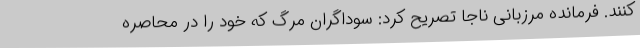
کنند. فرمانده مرزبانی ناجا تصریح کرد: سوداگران مرگ که خود را در محاصره